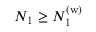
N _ { 1 } \geq N _ { 1 } ^ { ( \mathrm { w ) } }